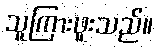
သူကြားဖူးသည်။